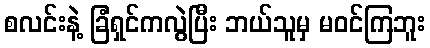
စလင်းနဲ့ ခြံရှင်ကလွဲပြီး ဘယ်သူမှ မဝင်ကြဘူး